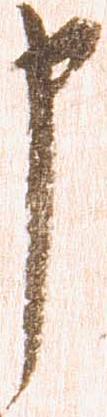
申